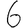
Digit: 6